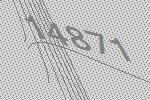
14871